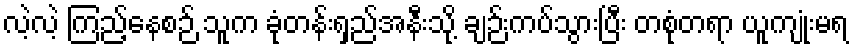
လဲ့လဲ့ ကြည့်နေစဉ် သူက ခုံတန်းရှည်အနီးသို့ ချဉ်းကပ်သွားပြီး တစုံတရာ ယူကျုံးမရ